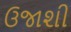
ઉજાશી